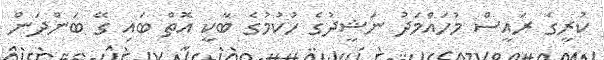
ކުރީގެ ރައީސް މުހައްމަދު ނަޝީދުގެ ހުކުމުގެ ބާކީ އޮތް ބައި ގޭ ބަންދަން